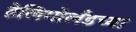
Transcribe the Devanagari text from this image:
हेलिगोलँडच्या